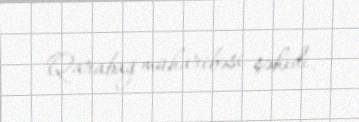
Qarabağ müharibəsi şəhidi.